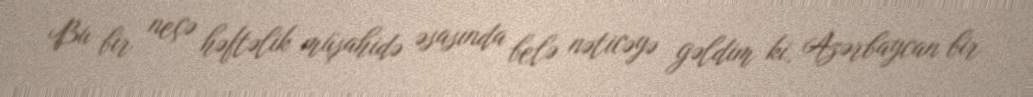
Bu bir neçə həftəlik müşahidə əsasında belə nəticəyə gəldim ki, Azərbaycan bir